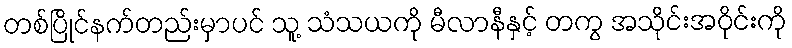
တစ်ပြိုင်နက်တည်းမှာပင် သူ့ သံသယကို မီလာနီနှင့် တကွ အသိုင်းအဝိုင်းကို